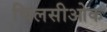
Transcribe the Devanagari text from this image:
चिलसीओक